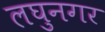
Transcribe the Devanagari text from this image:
लघुनगर